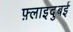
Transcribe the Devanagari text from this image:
फ़्लाइदुबई